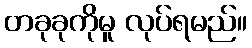
တခုခုကိုမူ လုပ်ရမည်။